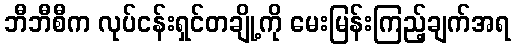
ဘီဘီစီက လုပ်ငန်းရှင်တချို့ကို မေးမြန်းကြည့်ချက်အရ